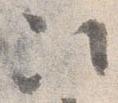
次